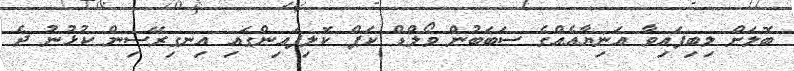
ބޮލަށް ލިބިފައިވާ އަނިޔާއެއްގެ ސަބަބުން ވޯލްޑް ކަޕް ކޮލިފައިންގައި އިނގިރޭސިން ކުޅުނު ދެ